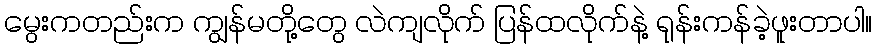
မွေးကတည်းက ကျွန်မတို့တွေ လဲကျလိုက် ပြန်ထလိုက်နဲ့ ရုန်းကန်ခဲ့ဖူးတာပါ။